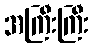
အကြီးကြီး